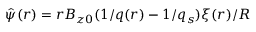
\hat { \psi } ( r ) = r B _ { z 0 } ( 1 / q ( r ) - 1 / q _ { s } ) \xi ( r ) / R